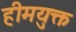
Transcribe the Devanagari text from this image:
हीमयुक्त